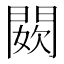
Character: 𨵇